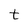
Character: t